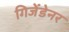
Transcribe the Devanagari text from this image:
गिजेंडेनर